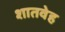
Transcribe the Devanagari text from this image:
शातवेह